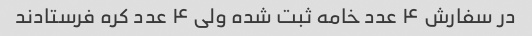
در سفارش ۴ عدد خامه ثبت شده ولی ۴ عدد کره فرستادند